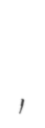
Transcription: רְחַבְעָם‎,